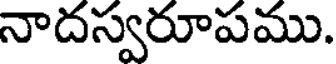
నాదస్వరూపము.